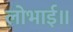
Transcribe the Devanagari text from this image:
लोभाई॥